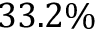
3 3 . 2 \%